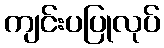
ကျင်းပပြုလုပ်